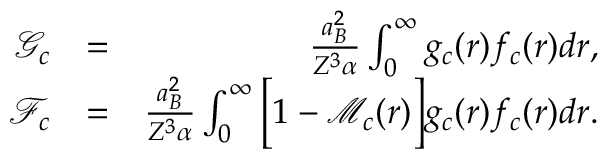
\begin{array} { r l r } { \mathcal { G } _ { c } } & { = } & { \frac { a _ { B } ^ { 2 } } { Z ^ { 3 } \alpha } \int _ { 0 } ^ { \infty } g _ { c } ( r ) f _ { c } ( r ) d r , } \\ { \mathcal { F } _ { c } } & { = } & { \frac { a _ { B } ^ { 2 } } { Z ^ { 3 } \alpha } \int _ { 0 } ^ { \infty } \Big [ 1 - \mathcal { M } _ { c } ( r ) \Big ] g _ { c } ( r ) f _ { c } ( r ) d r . } \end{array}